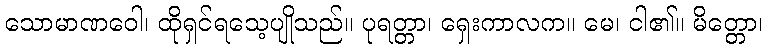
သောမာဏဝေါ၊ ထိုရှင်ရသေ့ပျိုသည်။ ပုရတ္တာ၊ ရှေးကာလက။ မေ၊ ငါ၏။ မိတ္တော၊